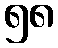
၅၈